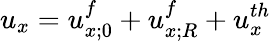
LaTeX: u_{x}=u_{x;0}^{f}+u_{x;R}^{f}+u_{x}^{th}